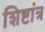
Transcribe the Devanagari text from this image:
शिष्टांत्र